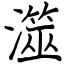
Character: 澨